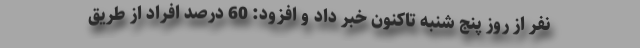
نفر از روز پنج شنبه تاکنون خبر داد و افزود: 60 درصد افراد از طریق